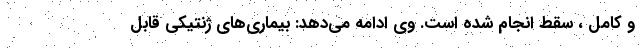
و کامل ، سقط انجام شده است. وی ادامه می‌دهد: بیماری‌های ژنتیکی قابل